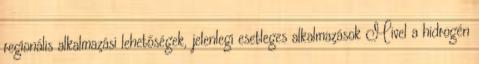
regionális alkalmazási lehetőségek, jelenlegi esetleges alkalmazások Mivel a hidrogén